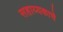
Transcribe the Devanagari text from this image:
सहाय्यकाचे